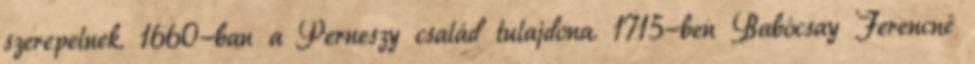
szerepelnek. 1660-ban a Perneszy család tulajdona. 1715-ben Babócsay Ferencné